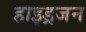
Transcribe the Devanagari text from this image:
हाइड्रजन